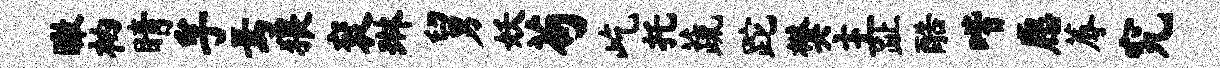
瞰衲睛孚焉猥衮琳舅妖苟屹托蔬跎樊主趾酷喈愿蓐究